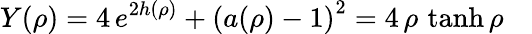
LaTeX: Y(\rho)=4\, e^{2h(\rho)}+\left(a(\rho)-1\right)^{2}=4\, \rho\, \operatorname{tanh}\rho\quad